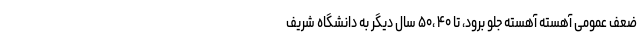
ضعف عمومی آهسته آهسته جلو برود، تا ۴۰ ،۵۰ سال دیگر به دانشگاه شریف